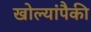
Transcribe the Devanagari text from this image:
खोल्यांपैकी